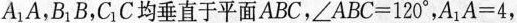
A_{1}A，B_{1}B，C_{1}C均垂直于平面ABC，$$ ∠ A B C = 1 2 0 °$$ ，$$ A_{1} A = 4$$ ，